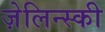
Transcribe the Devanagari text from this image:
ज़ेलिन्स्की